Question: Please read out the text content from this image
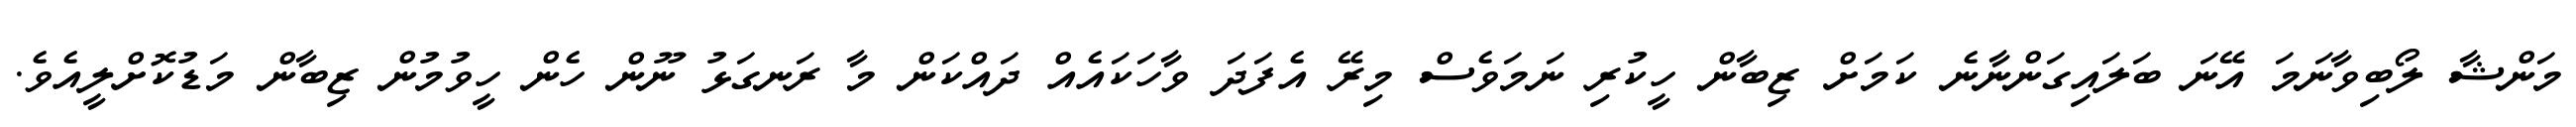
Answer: މަންޝާ ލޯބިވާނަމަ އޭނަ ބަލައިގަންނާނެ ކަމަށް ޒިބާން ހީކުރި ނަމަވެސް މިރޭ އެފަދަ ވާހަކައެއް ދައްކަން މާ ރަނގަޅު ނޫން ހެން ހީވުމުން ޒިބާން މަޑުކޮށްލީއެވެ.